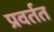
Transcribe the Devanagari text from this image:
प्रवर्तत